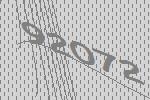
92072